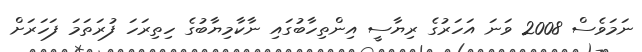
ނަމަވެސް 2008 ވަނަ އަހަރުގެ ރިޔާސީ އިންތިހާބުގައި ނާކާމިޔާބުގެ ހިތިރަހަ ފުރަތަމަ ފަހަރަށް